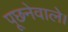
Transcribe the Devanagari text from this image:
पूछनेवाले।